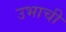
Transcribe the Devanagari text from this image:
उभाची